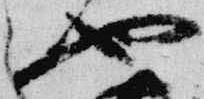
也